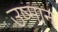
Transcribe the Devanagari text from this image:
उष्मान